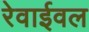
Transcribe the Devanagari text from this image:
रेवाईवल